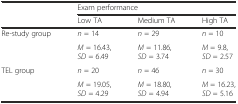
<table><thead><tr><td rowspan="2"></td><td colspan="3"><b>Exam performance</b></td></tr><tr><td><b>Low TA</b></td><td><b>Medium TA</b></td><td><b>High TA</b></td></tr></thead><tbody><tr><td rowspan="2">Re-study group</td><td><i>n</i> = 14</td><td><i>n</i> = 29</td><td><i>n</i> = 10</td></tr><tr><td><i>M</i> = 16.43, <i>SD</i> = 6.49</td><td><i>M</i> = 11.86, <i>SD</i> = 3.74</td><td><i>M</i> = 9.8, <i>SD</i> = 2.57</td></tr><tr><td rowspan="2">TEL group</td><td><i>n</i> = 20</td><td><i>n</i> = 46</td><td><i>n</i> = 30</td></tr><tr><td><i>M</i> = 19.05, <i>SD</i> = 4.29</td><td><i>M</i> = 18.80, <i>SD</i> = 4.94</td><td><i>M</i> = 16.23, <i>SD</i> = 5.16</td></tr></tbody></table>